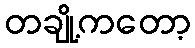
တချို့ကတော့